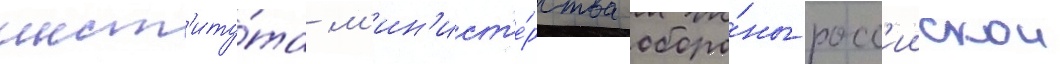
инст'иту́та м'ин'ист'е́рства оборо́ны росс'иискои